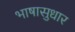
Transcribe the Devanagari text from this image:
भाषासुधार